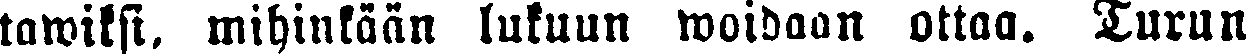
tawiksi, mihinkään lukuun woidaan ottaa. Turun